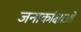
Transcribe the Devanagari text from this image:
जनाकांक्षाओं